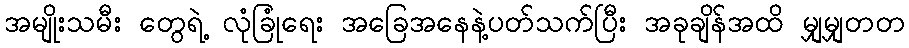
အမျိုးသမီး တွေရဲ့ လုံခြုံရေး အခြေအနေနဲ့ပတ်သက်ပြီး အခုချိန်အထိ မျှမျှတတ